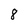
Character: 8